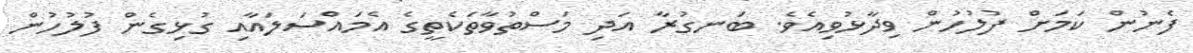
ފެނުން ކަމަށް ފުލުހުން ވިދާޅުވިއެވެ. ބަނގުރާ އަދި މަސްތުވާތަކެތީގެ އެމައްސަލައާއި ގުޅިގެން ފުލުހުން